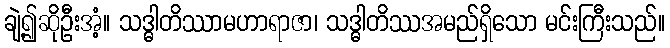
ချဲ့၍ဆိုဦးအံ့။ သဒ္ဓါတိဿာမဟာရာဇာ၊ သဒ္ဓါတိဿအမည်ရှိသော မင်းကြီးသည်။